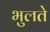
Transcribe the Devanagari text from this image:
भुलते